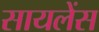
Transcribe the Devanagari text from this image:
सायलेंस